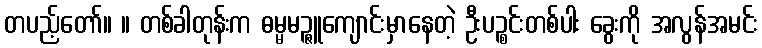
တပည့်တော်။ ။ တစ်ခါတုန်းက ဓမ္မမဉ္ဇူကျောင်းမှာနေတဲ့ ဦးပဉ္စင်းတစ်ပါး ခွေးကို အလွန်အမင်း